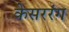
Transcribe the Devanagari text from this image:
केसररंग